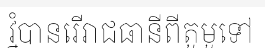
វ្នំបានរើរាជធានីពីតូមូទៅ